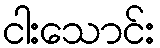
ငါးသောင်း